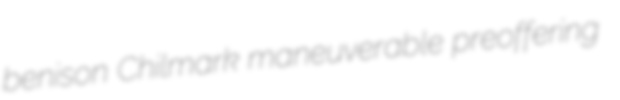
benison Chilmark maneuverable preoffering